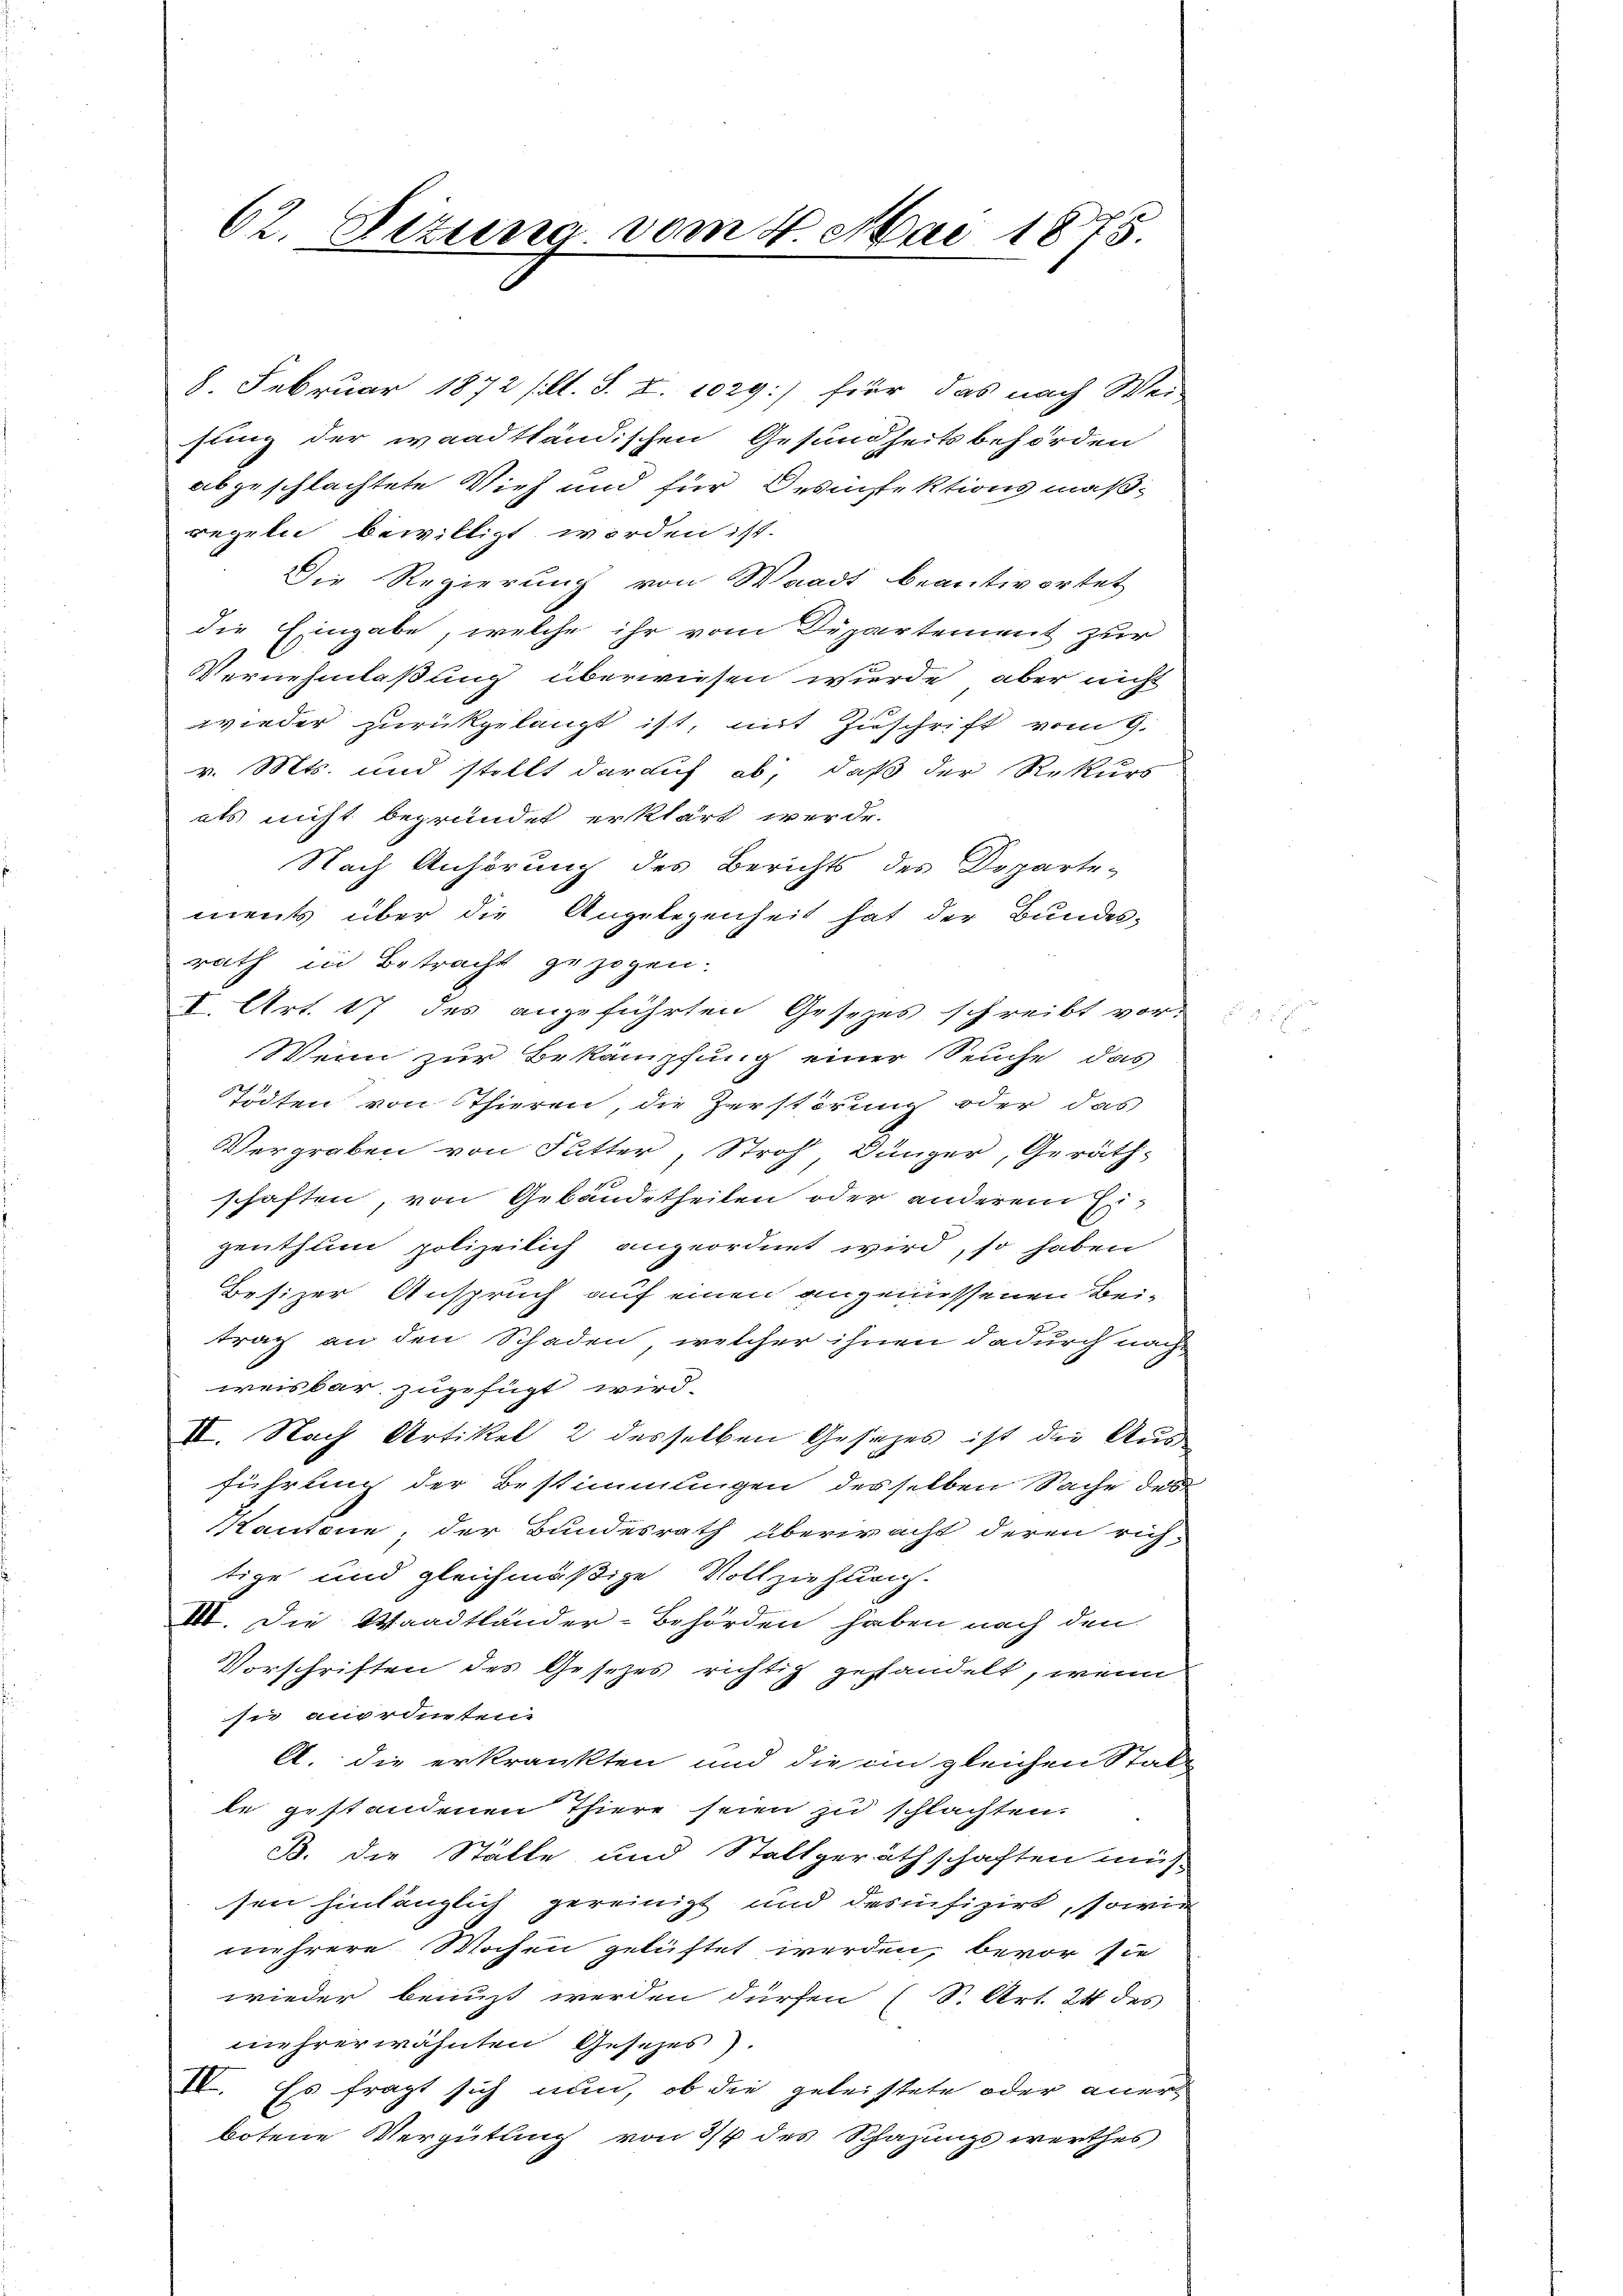
62. Sitzung vom 4. Mai 1875.

8. Februar 1872 (lt. S. Z 1029.) für das nach Wei-
sung der waadtländischen Gesundheitsbehörden
abgeschlachtete Vieh und für Desinfektionsmäßregeln bewilligt worden ist.
Die Regierung von Waadt beantwortet
die Eingabe, welche ihr vom Departement zur
Vernehmlaßung überwiesen wurde, aber nicht
wieder zurückgelangt ist, mit Zuschrift vom 9.
v. Mts. und stellt darauf ab; daß der Rekurs
als nicht begründet erklärt werde.
Nach Anhörung des Berichts des Doparte-
ments über die Angelegenheit hat der Bundesrath in Betracht gezogen.
I. Art. 17 des anzuführten Gesezes schreibt vor-
Wein zur Bekämpfung einer Seuche das
Tödten von Thieren, die Zerstörung oder das
Vergraben von Futter, Stroh, Dünger, Geräthschaften, von Gebäudetheilen oder anderem Eizenthum polizeilich angeordnet wird, so haben
Besizer Anspruch auf einen angeniessenen Bei-
trag an den Schaden, welcher ihnen dadurch nach
weisbar zugefügt wird.
II. Nach Artikel 2 desselben Gesitzes ist die Aus-
führung der Bestimmungen desselben Sache des
Kantone, der Bundesrath überwacht deren rich-
tige und gleichmäßige Vollziehung.
III. Die Waadtländer-Behörden haben nach den
Vorschriften des Gesetzes richtig gehandelt, wenn
sie anordneten.
A. die erkrankten und die im gleichen Statle gestandenen Thiere seien zu schlachten.
B. die Stätte und Stallgeräthschaften müs
sen hinlänglich gereinigt und desifizirt, sowie
mehrere Wochen gelüftet werden, bevor sie
wieder benuzt werden dürfen (S. Art. 211 des
mehrerwähnten Gesezes).
II. Es fragt sich nun, ob die geleistete oder anerbotene Vergütung von 3/4 des Schazungswerthes